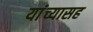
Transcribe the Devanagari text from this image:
यांंच्यासह